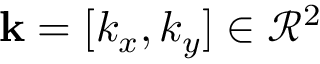
\mathbf { k } = [ k _ { x } , k _ { y } ] \in \mathcal { R } ^ { 2 }